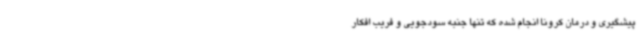
پیشگیری و درمان کرونا انجام شده که تنها جنبه سودجویی و فریب افکار